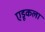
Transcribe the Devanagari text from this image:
एडूकला